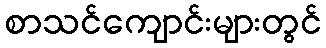
စာသင်ကျောင်းများတွင်